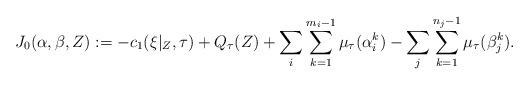
LaTeX: \begin{align*} J_{0}(\alpha,\beta,Z):=-c_{1}(\xi|_{Z},\tau)+Q_{\tau}(Z)+\sum_{i}\sum_{k=1}^{m_{i}-1}\mu_{\tau}(\alpha_{i}^{k})-\sum_{j}\sum_{k=1}^{n_{j}-1}\mu_{\tau}(\beta_{j}^{k}).\end{align*}